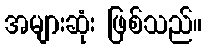
အများဆုံး ဖြစ်သည်။